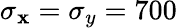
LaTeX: \sigma_{\mathbf{x}}=\sigma_{y}=700